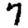
Digit: 7